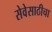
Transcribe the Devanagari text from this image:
सेवेसाठीचा